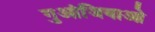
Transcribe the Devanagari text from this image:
गुआंजियाओ